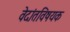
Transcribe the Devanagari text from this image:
वेदांतविषयक